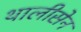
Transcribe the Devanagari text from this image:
थालीसेन